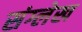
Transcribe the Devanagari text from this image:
संग्लेख